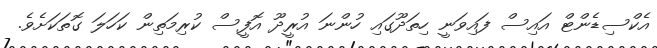
އެކްސިޑެންޓް އައިސް ފައިވަނީ ހިތަދޫގައި ހުންނަ އުރީދޫ އޮފީސް ކުރިމަތިން ކަހަލަ ގޮތަކަށެވެ.